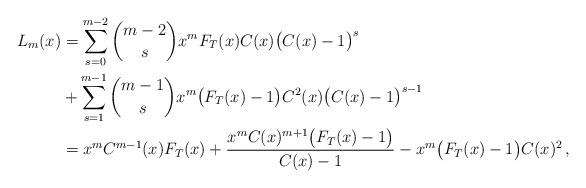
LaTeX: \begin{align*}L_m(x)&=\sum_{s=0}^{m-2}\binom{m-2}{s}x^mF_T(x)C(x)\big(C(x)-1\big)^{s}\\&+\sum_{s=1}^{m-1}\binom{m-1}{s}x^m\big(F_T(x)-1\big)C^2(x)\big(C(x)-1\big)^{s-1}\\&=x^mC^{m-1}(x)F_T(x)+\frac{x^mC(x)^{m+1}\big(F_T(x)-1\big)}{C(x)-1}-x^m\big(F_T(x)-1\big)C(x)^2\,,\end{align*}